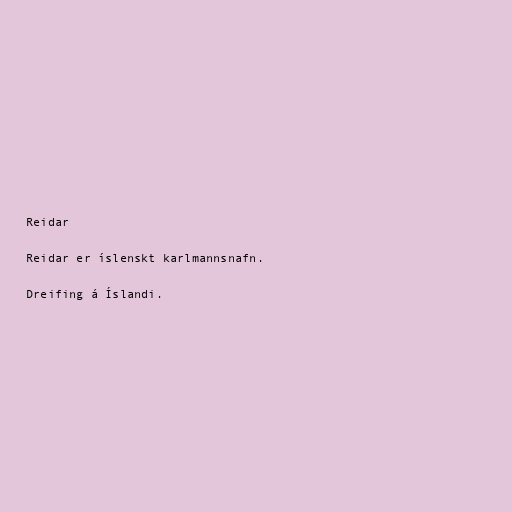
Reidar

Reidar er íslenskt karlmannsnafn.

Dreifing á Íslandi.